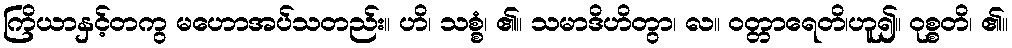
ကြိယာနှင့်တကွ မဟောအပ်သတည်း။ ဟိ၊ သစ္စံ၊ ၏။ သမာဒိဟိတွာ၊ လ။ ဝတ္တာရေတိ၊ဟူ၍။ ဝုစ္စတိ၊ ၏။